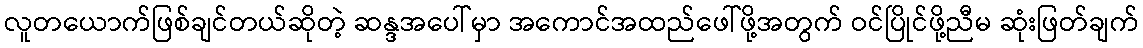
လူတယောက်ဖြစ်ချင်တယ်ဆိုတဲ့ ဆန္ဒအပေါ်မှာ အကောင်အထည်ဖေါ်ဖို့အတွက် ဝင်ပြိုင်ဖို့ညီမ ဆုံးဖြတ်ချက်